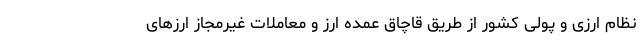
نظام ارزی و پولی کشور از طریق قاچاق عمده ارز و معاملات غیرمجاز ارزهای